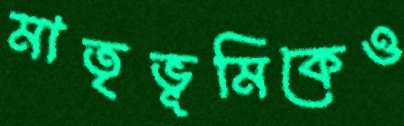
মাতৃভূমিকেও